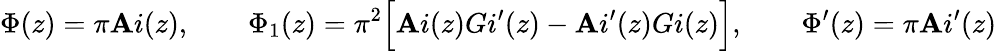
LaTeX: \Phi(z)=\pi\mathbf{A}i(z),\qquad\Phi_{1}(z)=\pi^{2}\Bigl[\mathbf{A}i(z)Gi^{\prime}(z)-\mathbf{A}i^{\prime}(z)Gi(z)\Bigr],\qquad\Phi^{\prime}(z)=\pi\mathbf{A}i^{\prime}(z)